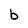
Character: b